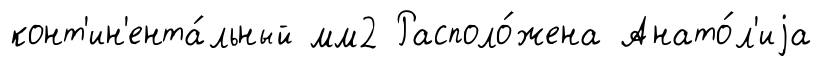
конт'ин'ента́льный мм2 Располо́жена Анато́л'иjа